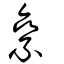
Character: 絫